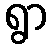
ရွာ